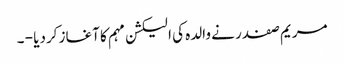
مریم صفدر نے والدہ کی الیکشن مہم کا آغاز کردیا - ۔